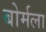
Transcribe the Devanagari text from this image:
बोर्मला